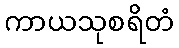
ကာယသုစရိတံ